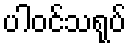
ပါဝင်သရုပ်